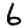
Digit: 6